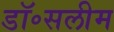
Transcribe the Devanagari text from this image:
डॉ॰सलीम